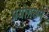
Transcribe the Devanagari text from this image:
प्रयोगक्षम